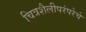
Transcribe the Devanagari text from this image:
चित्रशैलीपरंपरेचे